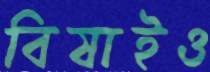
বিষাইও